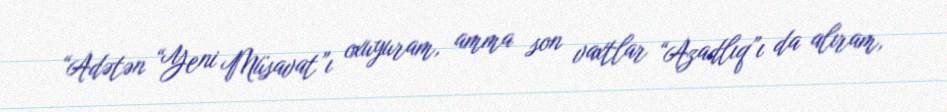
“Adətən “Yeni Müsavat”ı oxuyuram, amma son vaxtlar “Azadlıq”ı da alıram,